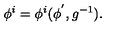
\phi ^ { i } = \phi ^ { i } ( \phi ^ { ' } , g ^ { - 1 } ) .